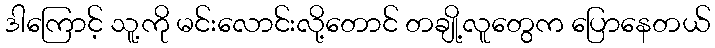
ဒါကြောင့် သူ့ကို မင်းလောင်းလို့တောင် တချို့လူတွေက ပြောနေတယ်